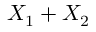
X _ { 1 } + X _ { 2 }